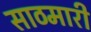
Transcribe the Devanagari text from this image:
साठमारी